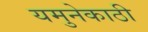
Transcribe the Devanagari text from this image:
यमुनेकाठी